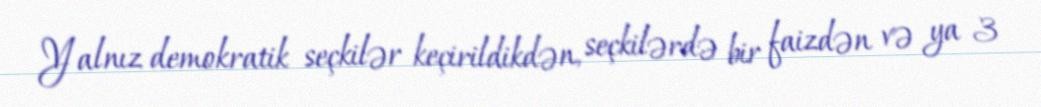
Yalnız demokratik seçkilər keçirildikdən, seçkilərdə bir faizdən və ya 3